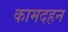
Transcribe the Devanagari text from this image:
कामदहन